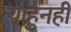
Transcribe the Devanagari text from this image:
त्याहुनही